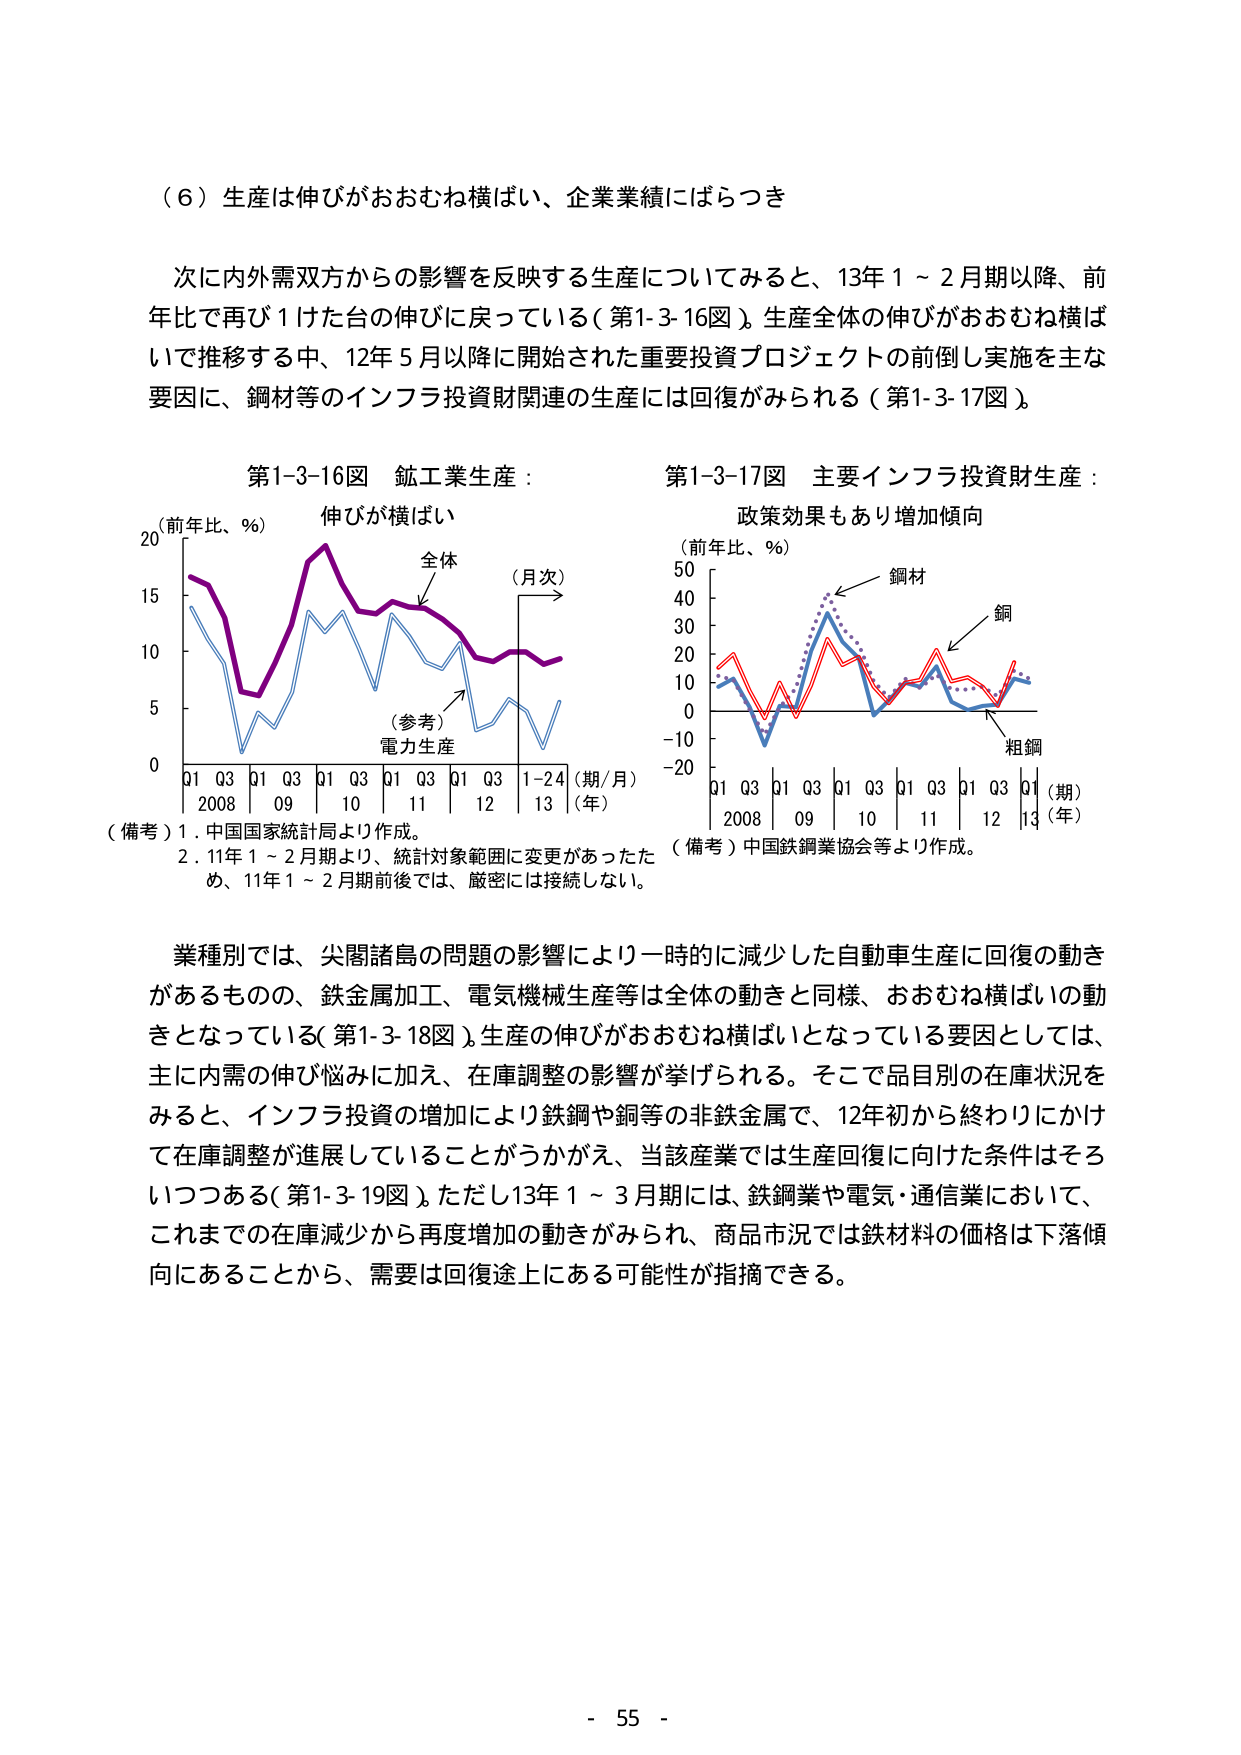
（６）生産は伸びがおおむね横ばい、企業業績にはらつき

次に内外需双方からの影響を反映する生産についてみると、13年１～２月期以降、前年比で再び１けた台の伸びに戻っている（第1-3-16図）。生産全体の伸びがおおむね横ばいで推移する中、12年５月以降に開始された重要投資プロジェクトの前倒し実施を主な要因に、鋼材等のインフラ投資財関連の生産には回復がみられる（第1-3-17図）。

第1-3-16図 鉱工業生産：
（前年比、％） 伸びが横ばい
20
15
10
5
0
Q1 Q3 Q1 Q3 Q1 Q3 Q1 Q3 Q1 Q3 1-24（期/月）
2008 09 10 11 12 13（年）
（参考）電力生産
全体
（月次）
（備考）1．中国国家統計局より作成。
2．11年１～２月期より、統計対象範囲に変更があったため、11年１～２月期前後では、厳密には接続しない。

第1-3-17図 主要インフラ投資財生産：
政策効果もあり増加傾向
（前年比、％）
50
40
30
20
10
0
-10
-20
Q1 Q3 Q1 Q3 Q1 Q3 Q1 Q3 Q1 Q3 Q1（期）
2008 09 10 11 12 13（年）
鋼材
銅
粗鋼
（備考）中国鉄鋼業協会等より作成。

業種別では、尖閣諸島の問題の影響により一時的に減少した自動車生産に回復の動きがあるものの、鉄金属加工、電気機械生産等は全体の動きと同様、おおむね横ばいの動きとなっている（第1-3-18図）。生産の伸びがおおむね横ばいとなっている要因としては、主に内需の伸び悩みに加え、在庫調整の影響が挙げられる。そこで品目別の在庫状況をみると、インフラ投資の増加により鉄鋼や銅等の非鉄金属で、12年初から終わりにかけて在庫調整が進展していることがうかがえ、当該産業では生産回復に向けた条件はそろいつつある（第1-3-19図）。ただし13年１～３月期には、鉄鋼業や電気・通信業において、これまでの在庫減少から再度増加の動きがみられ、商品市況では鉄材料の価格は下落傾向にあることから、需要は回復途上にある可能性が指摘できる。

- 55 -